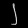
Digit: ၂